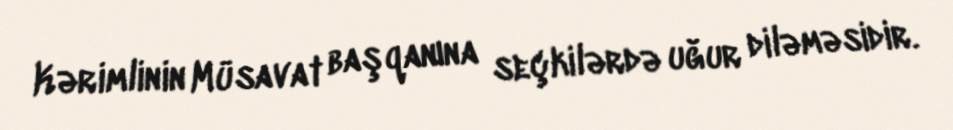
Kərimlinin Müsavat başqanına seçkilərdə uğur diləməsidir.